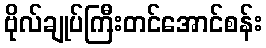
ဗိုလ်ချုပ်ကြီးတင်အောင်စန်း